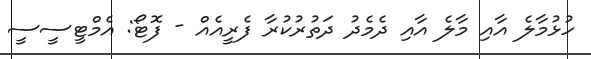
ހުޅުމާލެ އާއި މާލެ އާއި ދެމެދު ދަތުރުކުރާ ފެރީއެއް - ފޮޓޯ: އެމްޓީސީސީ